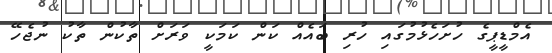
އެމްޑީޕީގެ ހުށަހެޅުމުގައި ހުރި ބައެއް ކަން ކަމަކީ ވަރަށް ތާކުން ތާކު ނުޖެހޭ